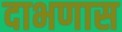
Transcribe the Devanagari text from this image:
दाभणास